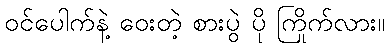
ဝင်ပေါက်နဲ့ ဝေးတဲ့ စားပွဲ ပို ကြိုက်လား။